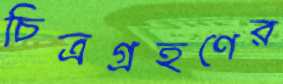
চিত্রগ্রহণের